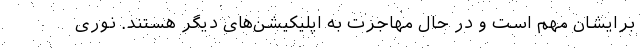
برایشان مهم است و در حال مهاجرت به اپلیکیشن‌های دیگر هستند. نوری